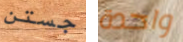
جستن واحدة